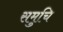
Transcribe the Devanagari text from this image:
समुचि